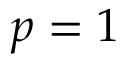
p = 1